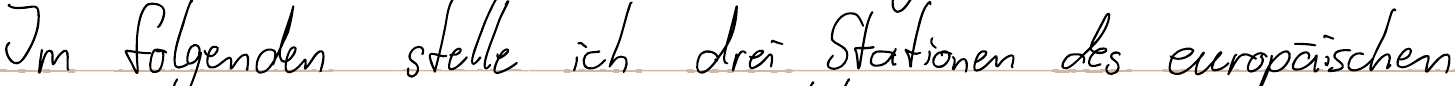
Im folgenden stelle ich drei Stationen des europäischen